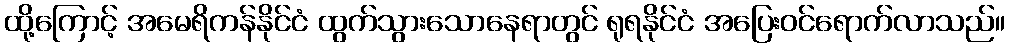
ထို့ကြောင့် အမေရိကန်နိုင်ငံ ထွက်သွားသောနေရာတွင် ရုရနိုင်ငံ အပြေးဝင်ရောက်လာသည်။